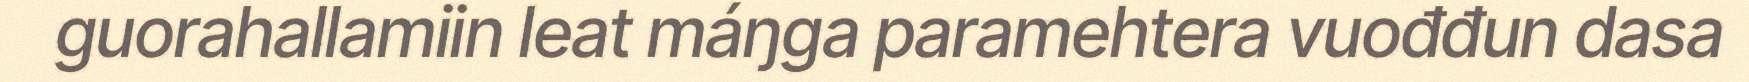
guorahallamiin leat máŋga paramehtera vuođđun dasa